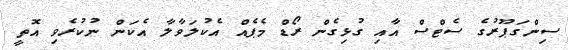
ސިންގަޕޫރުގެ ސެޓްސް އާއި ގުޅިގެން ރޯޑް މެޕެއް އެކުލަވާލާ އެކަން ނުކުރެވި އޮތީ